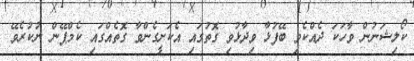
ކޯލިޝަނުން ވާހަކަ ދެއްކެވި ބޭފުޅާ ވިދާޅުވި ގޮތުގައި އެކަށީގެންވާ ގޮތެއްގައި ކެމްޕޭން ނުކުރެވޭ